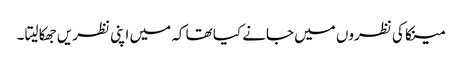
مینکا کی نظروں میں جانے کیا تھا کہ میں اپنی نظریں جھکا لیتا ۔